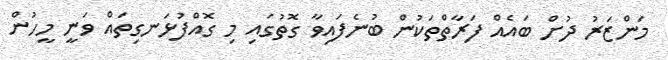
މަންޒަރު ދުށް ބައެއް ފަރާތްތަކުން ބުނެފައިވާ ގޮތުގައި މި ގޮއްފުޅަނގިތައް ވަނީ މީހުން